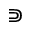
\Supset